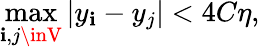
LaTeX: \operatorname*{max}_{\mathbf{i},j\inV}|y_{\mathbf{i}}-y_{j}|<4C\eta,